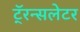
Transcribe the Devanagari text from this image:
टॅ्रन्सलेटर